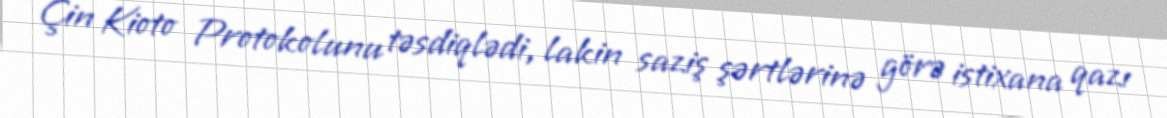
Çin Kioto Protokolunu təsdiqlədi, lakin saziş şərtlərinə görə istixana qazı